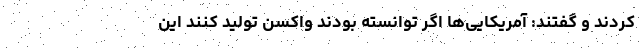
کردند و گفتند: آمریکایی‌ها اگر توانسته بودند واکسن تولید کنند این